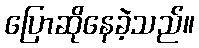
ပြောဆိုနေခဲ့သည်။